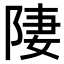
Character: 𨹷